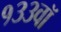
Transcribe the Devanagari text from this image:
१३३वॉ